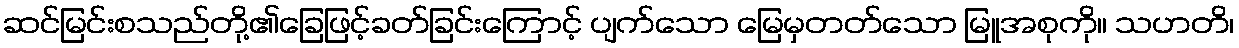
ဆင်မြင်းစသည်တို့၏ခြေဖြင့်ခတ်ခြင်းကြောင့် ပျက်သော မြေမှတတ်သော မြူအစုကို။ သဟတိ၊